Civil Veterinary Department. United Provinces 1932-42 - 1932-1942
Year: 1932
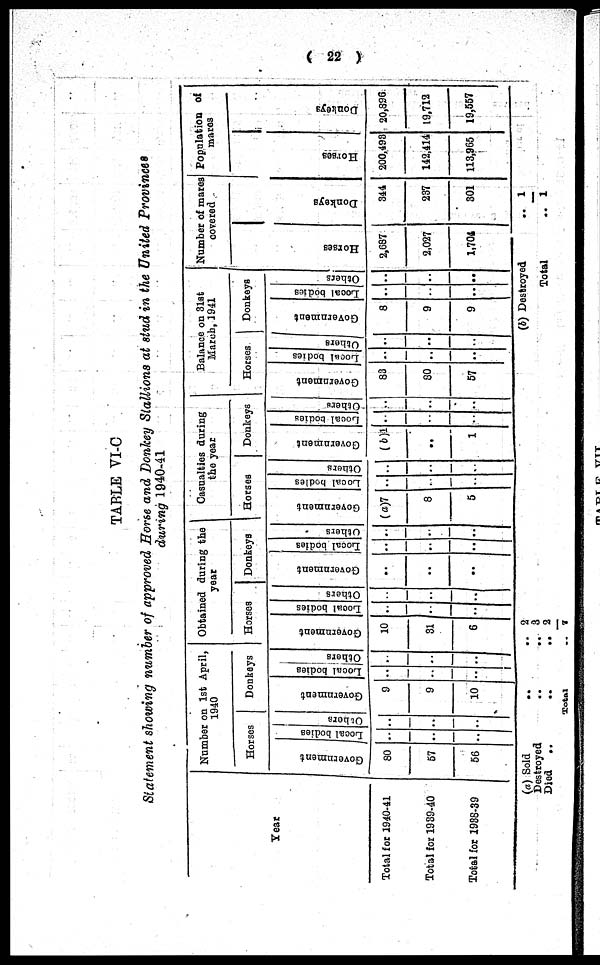
( 22 )
TABLE VI-C
Statement showing number of approved Horse and Donkey Stallions at stud in the United Provinces
during 1940-41
Year
Total for 1940-41
Total for 1939-40
Total for 1938-39
Number on 1st April,
1940
Horses
Government
80
57
56
Local bodies
..
..
..
Others
..
..
..
Donkeys
Government
9
9
10
Local bodies
..
..
..
Others
..
..
..
Obtained during the
year
Horses
Government
10
31
6
Local bodies
..
..
..
Others
..
..
..
Donkeys
Government
..
..
..
Local bodies
..
..
..
Others
..
..
..
Casualties during
the year
Horses
Government
(a)7
8
5
Local bodies
..
..
..
Others
..
..
..
Donkeys
Government
(6)1
..
1
Local bodies
..
..
..
Others
..
..
..
Balance on 31st
March, 1941
Horses
Government
83
80
57
Local bodies
..
..
..
Others
..
..
..
Donkeys
Government
8
9
9
Local bodies
..
..
..
Others
..
..
..
Number of mares
covered
Hor s es
2,687
2,027
1,704
Donke ys
344
237
301
Population of
mares
Hor s es
200,498
142,414
113,965
Donke ys
20,896
19,712
19,557
(a) Sold .. ..
Destroyed .. ..
Died
.. ..
Total .. ..
2
3
2
7
(6) Destroyed ..
Total ..
1
1